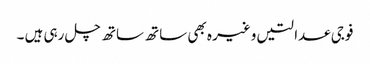
فوجی عدالتیں وغیر ہ بھی ساتھ ساتھ چل رہی ہیں ۔